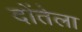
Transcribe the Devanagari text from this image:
दोंतेला